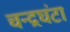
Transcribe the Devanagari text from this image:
चन्द्रघंटा